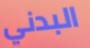
البدني